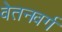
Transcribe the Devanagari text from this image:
वेतनवर्ग